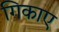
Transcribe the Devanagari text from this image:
गिकाए